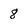
Character: 8